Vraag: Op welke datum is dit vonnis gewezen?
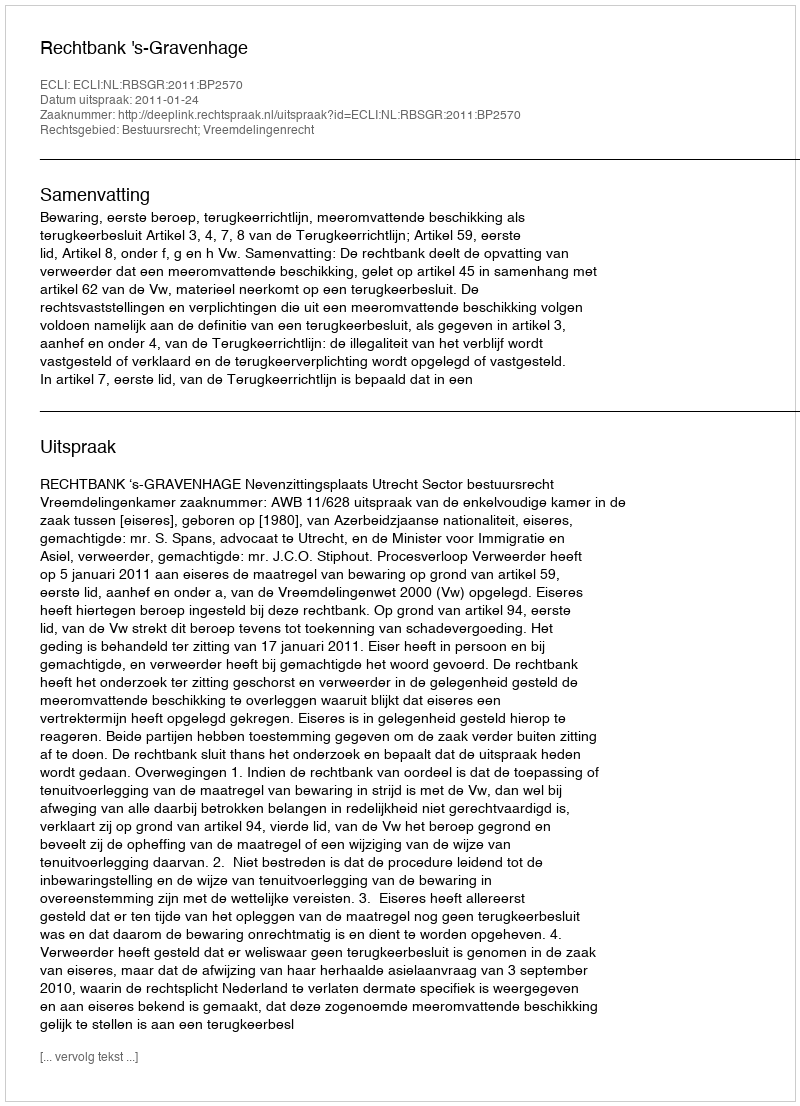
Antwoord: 2011-01-24